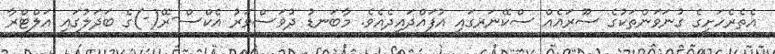
އެތެރެހަށީގެ ގުނަވަންތަކުގެ ސޫރައެއް ސްކޭނަރގައި އުފައްދައިދެއެވެ. މާބަނޑު ދުވަސްވަރު އެކްސް-ރޭ(-)ގެ ބަދަލުގައި އަލްޓްރާ